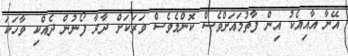
އޭނާ އާއިއެކު އިން ފާތުމައަށްވެސް ކޮންމެވެސް ވަރަކަށް ދާރާ ފޯނުން ދެއްކި ވާހަކަ